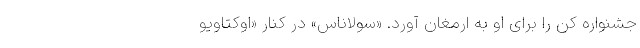
جشنواره کن را برای او به ارمغان آورد. «سولاناس» در کنار «اوکتاویو